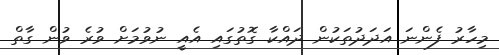
މިހާރު ފެންނަ އަދަދުތަކުން ދައްކާ ގޮތުގައި އެއީ ނުވުމަށް ވުރެ ވުން ގާތް